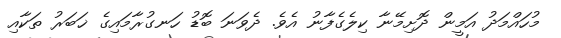
މުހައްމަދު އަމީން ދޮށިމޭނާ ކިލެގެފާނު އެވެ. ދެވަނަ ބޮޑު ހަނގުރާމައިގެ ޚަބަރު ތަކާއި